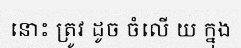
នោះ ត្រូវ ដូច ចំលើ យ ក្នុង